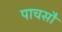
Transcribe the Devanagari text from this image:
पाचसौ